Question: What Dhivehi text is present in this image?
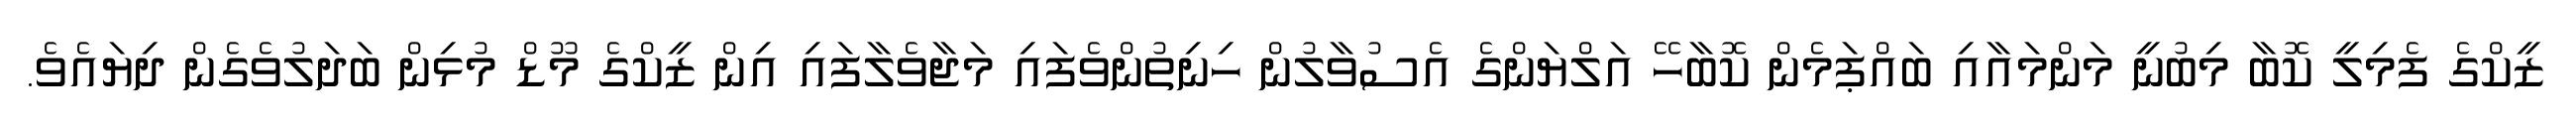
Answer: ޒީކްގެ ފެމިލީ ކޮބާ މިބުނީ މަންމައާއި ބައްޕަމެން ކޮބާހޭ އަލްޔަންގެ އެސުވާލުން ހިނިތުންވެފައި މަޖާވެލާފައި އިން ޒީކްގެ މޫޑް މުޅިން ބަދަލުވެގެން ދިޔައެވެ.